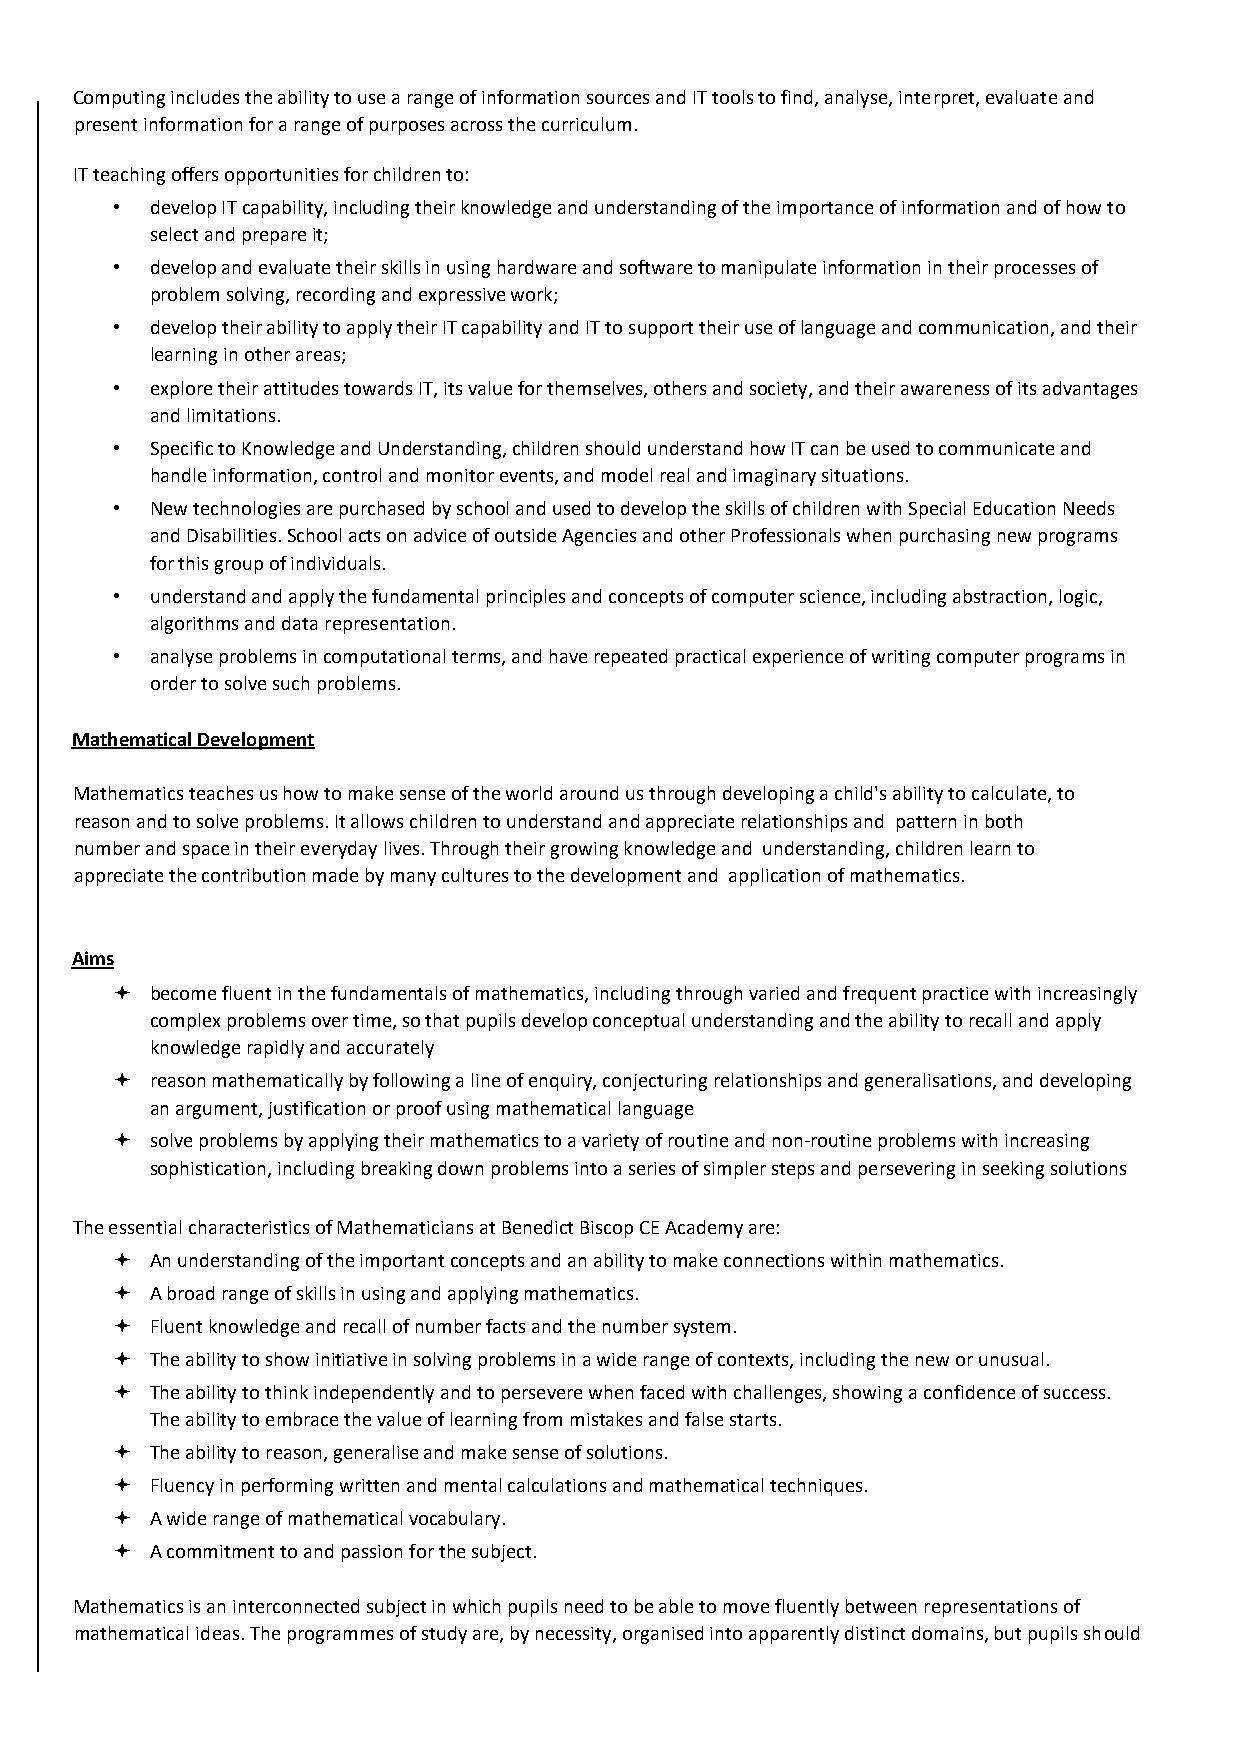
Computing includes the ability to use a range of information sources and IT tools to find, analyse, interpret, evaluate and
 present information for a range of purposes across the curriculum.
 IT teaching offers opportunities for children to:
 •  develop IT capability, including their knowledge and understanding of the importance of information and of how to
 select and prepare it;
 •  develop and evaluate their skills in using hardware and software to manipulate information in their processes of
 problem solving, recording and expressive work;
 •  develop their ability to apply their IT capability and IT to support their use of language and communication, and their
 learning in other areas;
 •  explore their attitudes towards IT, its value for themselves, others and society, and their awareness of its advantages
 and limitations.
 •  Specific to Knowledge and Understanding, children should understand how IT can be used to communicate and
 handle information, control and monitor events, and model real and imaginary situations.
 •  New technologies are purchased by school and used to develop the skills of children with Special Education Needs
 and Disabilities. School acts on advice of outside Agencies and other Professionals when purchasing new programs
 for this group of individuals.
 •  understand and apply the fundamental principles and concepts of computer science, including abstraction, logic,
 algorithms and data representation.
 •  analyse problems in computational terms, and have repeated practical experience of writing computer programs in
 order to solve such problems.
 Mathematical Development
 Mathematics teaches us how to make sense of the world around us through developing a child's ability to calculate, to
 reason and to solve problems. It allows children to understand and appreciate relationships and pattern in both
 number and space in their everyday lives. Through their growing knowledge and understanding, children learn to
 appreciate the contribution made by many cultures to the development and application of mathematics.
 Aims
   become fluent in the fundamentals of mathematics, including through varied and frequent practice with increasingly
 complex problems over time, so that pupils develop conceptual understanding and the ability to recall and apply
 knowledge rapidly and accurately
   reason mathematically by following a line of enquiry, conjecturing relationships and generalisations, and developing
 an argument, justification or proof using mathematical language
   solve problems by applying their mathematics to a variety of routine and non-routine problems with increasing
 sophistication, including breaking down problems into a series of simpler steps and persevering in seeking solutions
 The essential characteristics of Mathematicians at Benedict Biscop CE Academy are:
   An understanding of the important concepts and an ability to make connections within mathematics.
   A broad range of skills in using and applying mathematics.
   Fluent knowledge and recall of number facts and the number system.
   The ability to show initiative in solving problems in a wide range of contexts, including the new or unusual.
   The ability to think independently and to persevere when faced with challenges, showing a confidence of success.
 The ability to embrace the value of learning from mistakes and false starts.
   The ability to reason, generalise and make sense of solutions.
   Fluency in performing written and mental calculations and mathematical techniques.
   A wide range of mathematical vocabulary.
   A commitment to and passion for the subject.
 Mathematics is an interconnected subject in which pupils need to be able to move fluently between representations of
 mathematical ideas. The programmes of study are, by necessity, organised into apparently distinct domains, but pupils should